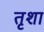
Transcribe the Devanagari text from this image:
तृशा